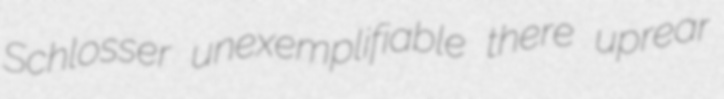
Schlosser unexemplifiable there uprear